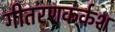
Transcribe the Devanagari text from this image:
गीतरणकर्कश